Report on sanitation, dispensaries, and jails in Rajputana for 1915, and on vaccination for the year 1915-1916 - 1915-1916
Year: 1915
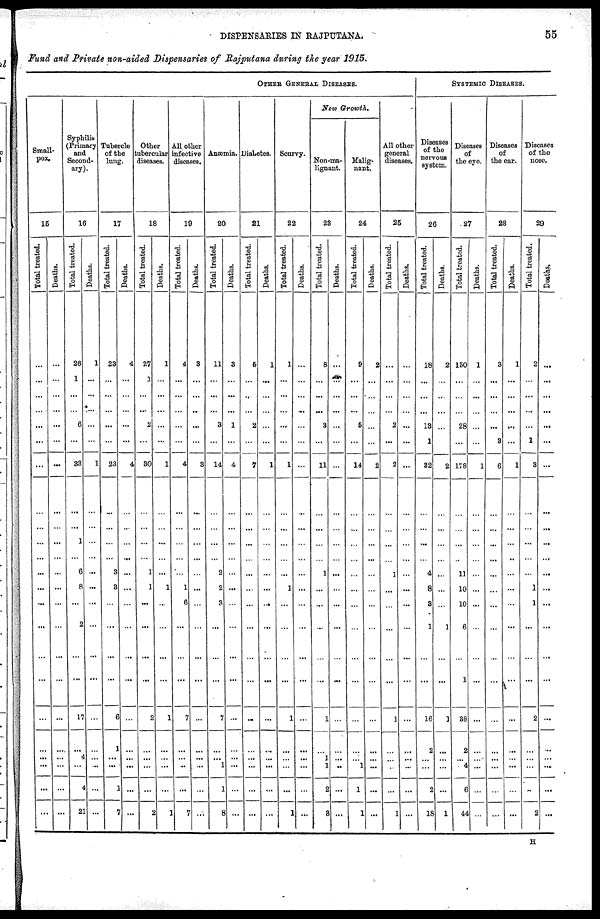
DISPENSARIES IN
RAJPUTANA.
55
Fund and Private non-aided Dispensaries of Rajputana during the year 1915.
OTHER GENERAL DISEASES.
Small-
pox.
15
Total treated.
...
...
...
...
...
...
...
...
...
...
...
...
...
...
...
...
...
...
...
...
...
...
...
Deaths.
...
...
...
...
...
...
...
...
...
...
...
...
...
...
...
...
...
...
...
...
...
...
...
Syphilis
(Primary
and
Second-
ary).
16
Total treated.
26
1
...
...
6
...
33
...
...
1
...
6
8
...
2
...
...
17
...
4
...
4
21
Deaths.
1
...
...
...
...
...
1
...
...
...
...
...
...
...
...
...
...
...
...
...
...
...
...
Tubercle
of the
lung.
17
Total treated.
23
...
...
...
...
...
23
...
...
...
...
3
3
...
...
...
...
6
1
...
...
1
7
Deaths.
4
...
...
...
...
...
4
...
...
...
...
...
...
...
...
...
...
...
...
...
...
...
...
Other
tubercular
diseases.
18
Total treated.
27
1
...
...
2
...
30
...
...
...
...
1
1
...
...
...
...
2
...
...
...
...
2
Deaths.
1
...
...
...
...
...
1
...
...
...
...
...
1
...
...
...
...
1
...
...
...
...
1
All other
infective
diseases.
19
Total treated.
4
...
...
...
...
...
4
...
...
...
...
...
1
6
...
...
...
7
...
...
...
...
7
Deaths.
3
...
...
...
...
...
3
...
...
...
...
...
...
...
...
...
...
...
...
...
...
...
...
Anæmia.
20
Total treated.
11
...
...
...
3
...
14
...
...
...
...
2
2
3
...
...
...
7
...
...
1
1
8
Deaths.
3
...
...
...
1
...
4
...
...
...
...
...
...
...
...
...
...
...
...
...
...
...
...
Diabetes.
21
Total treated.
5
...
...
...
2
...
7
...
...
...
...
...
...
...
...
...
...
...
...
...
...
...
...
Deaths.
1
...
...
...
...
...
1
...
...
...
...
...
...
...
...
...
...
...
...
...
...
...
...
Scurvy.
22
Total treated.
1
...
...
...
...
...
1
...
...
...
...
...
1
...
...
...
...
1
...
...
...
...
1
Deaths.
...
...
...
...
...
...
...
...
...
...
...
...
...
...
...
...
...
...
...
...
...
...
...
New Growth.
Non-ma-
lignant.
23
Total treated.
8
...
...
...
3
...
11
...
...
...
...
1
...
...
...
...
...
1
...
1
1
2
3
Deaths.
...
...
...
...
...
...
...
...
...
...
...
...
...
...
...
...
...
...
...
...
...
...
...
Malig-
nant.
24
Total treated.
9
...
...
...
5
...
14
...
...
...
...
...
...
...
...
...
...
...
...
...
1
1
1
Deaths.
2
...
...
...
...
...
2
...
...
...
...
...
...
...
...
...
...
...
...
...
...
...
...
All other
general
diseases.
25
Total treated.
...
...
...
...
2
...
2
...
...
...
...
1
...
...
...
...
...
1
...
...
...
...
1
Deaths.
...
...
...
...
...
...
...
...
...
...
...
...
...
...
...
...
...
...
...
...
...
...
...
SYSTEMIC DISEASES.
Diseases
of the
nervous
system.
26
Total treated.
18
...
...
...
13
1
32
...
...
...
...
4
8
3
1
...
...
16
2
...
...
2
18
Deaths.
2
...
...
...
...
...
2
...
...
...
...
...
...
...
1
...
...
1
...
...
...
...
1
Diseases
of
the eye.
27
Total treated.
150
...
...
...
28
...
178
...
...
...
...
11
10
10
6
...
1
38
2
...
4
6
44
Deaths.
1
...
...
...
...
...
1
...
...
...
...
...
...
...
...
...
...
...
...
...
...
...
...
Diseases
of
the ear.
28
Total treated.
3
...
...
...
...
3
6
...
...
...
...
...
...
...
...
...
...
...
...
...
...
...
...
Deaths.
1
...
...
...
...
...
1
...
...
...
...
...
...
...
...
...
...
...
...
...
...
...
...
Diseases
of the
nose.
29
Total treated.
2
...
...
...
...
1
3
...
...
...
...
...
1
1
...
...
...
2
...
...
...
...
2
Deaths.
...
...
...
...
...
...
...
...
...
...
...
...
...
...
...
...
...
...
...
...
...
...
...
H